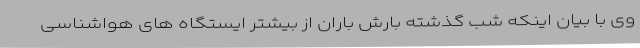
وی با بیان اینکه شب گذشته بارش باران از بیشتر ایستگاه های هواشناسی